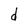
Character: d